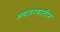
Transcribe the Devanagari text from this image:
अवांतरकालीन